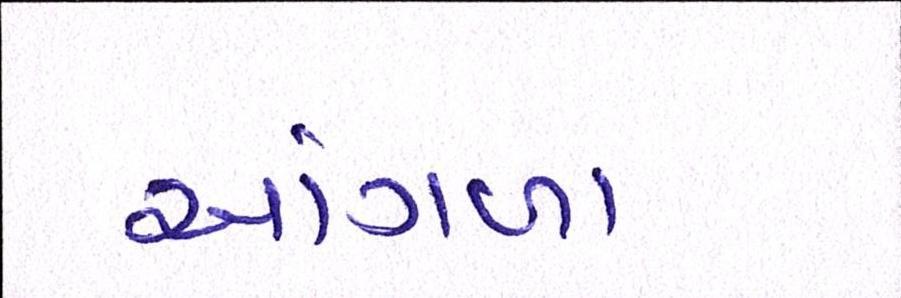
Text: આંગળા